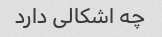
چه اشکالی دارد